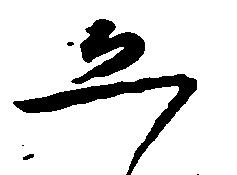
恐